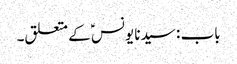
باب : سیدنا یونسؑ کے متعلق۔